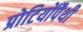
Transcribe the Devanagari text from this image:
प्रोटियोंपैथी